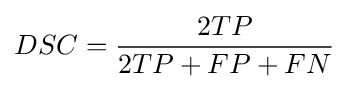
DSC={\frac {2TP}{2TP+FP+FN}}